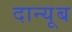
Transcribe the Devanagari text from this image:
दान्यूब